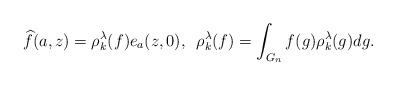
\begin{align*} \widehat{f}(a,z) = \rho_k^\lambda(f)e_a(z,0),\,\,\, \rho_k^\lambda(f) = \int_{G_n} f(g) \rho_k^\lambda(g) dg.\end{align*}